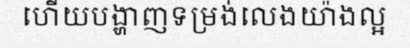
ហើយបង្ហាញទម្រង់លេងយ៉ាងល្អ